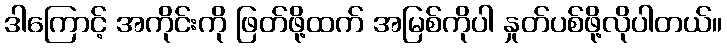
ဒါကြောင့် အကိုင်းကို ဖြတ်ဖို့ထက် အမြစ်ကိုပါ နှုတ်ပစ်ဖို့လိုပါတယ်။